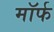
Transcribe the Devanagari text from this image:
मॉर्फ